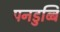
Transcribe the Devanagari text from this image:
पनडुब्बि